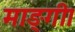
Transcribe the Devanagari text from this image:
माङ्गी।